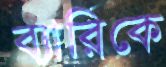
ব্যারিকে